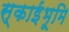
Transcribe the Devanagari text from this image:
स्काईभूमि